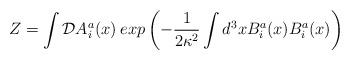
LaTeX: \begin{align*}Z=\int {\cal D}A_{i}^{a}(x)\:exp\left(-\frac{1}{2\kappa^{2}}\int d^{3}x B_{i}^{a}(x) B_{i}^{a}(x)\right)\end{align*}